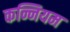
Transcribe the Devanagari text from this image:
कन्नियम